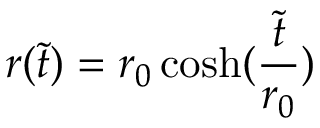
r ( \tilde { t } ) = r _ { 0 } \cosh ( \frac { \tilde { t } } { r _ { 0 } } )